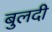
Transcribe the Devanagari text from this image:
बुलदी